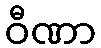
ဝီဏာ